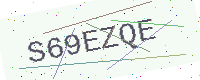
Text: S69EZQE